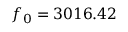
f _ { 0 } = 3 0 1 6 . 4 2